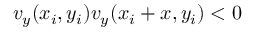
v _ { y } ( x _ { i } , y _ { i } ) v _ { y } ( x _ { i } + x , y _ { i } ) < 0